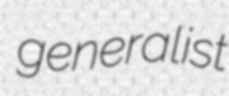
generalist